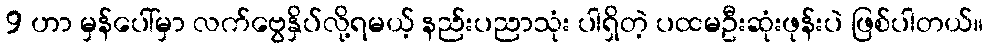
9 ဟာ မှန်ပေါ်မှာ လက်ဗွေနှိပ်လို့ရမယ့် နည်းပညာသုံး ပါရှိတဲ့ ပထမဦးဆုံးဖုန်းပဲ ဖြစ်ပါတယ်။